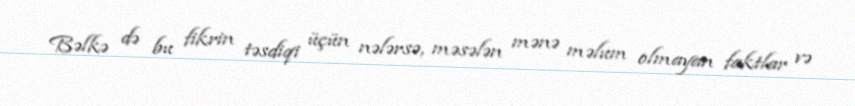
Bəlkə də bu fikrin təsdiqi üçün nələrsə, məsələn mənə məlum olmayan faktlar və